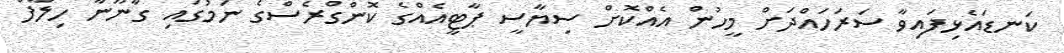
ކަނޑައެޅިފައިވާ ސަރަހައްދަށް މީހުން އެއްކޮށް ސިޔާސީ ޕާޓީއެއްގެ ކޮންގްރެސްގެ ނަމުގައި ގާނޫނާ ހިލާފް